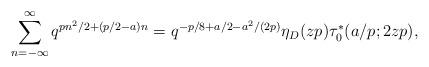
LaTeX: \begin{align*}\sum^{\infty}_{n=-\infty}q^{pn^2/2+(p/2-a)n}=q^{-p/8+a/2-a^2/(2p)}\eta_{D}(zp)\tau_0^*(a/p;2zp), \end{align*}